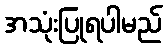
အသုံးပြုရပါမည်